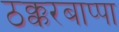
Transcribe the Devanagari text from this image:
ठक्करबाप्पा